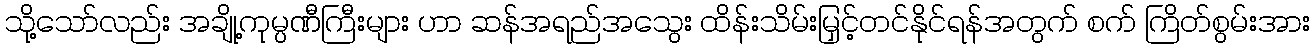
သို့သော်လည်း အချို့ကုမ္ပဏီကြီးများ ဟာ ဆန်အရည်အသွေး ထိန်းသိမ်းမြှင့်တင်နိုင်ရန်အတွက် စက် ကြိတ်စွမ်းအား